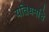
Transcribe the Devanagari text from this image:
यतिधर्माचे